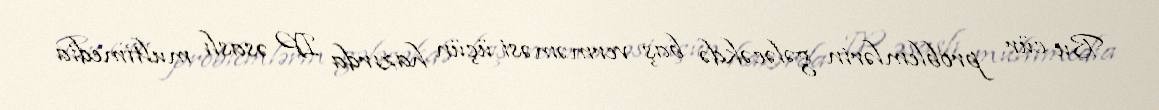
Bu cür problemlərin gələcəkdə baş verməməsi üçün hazırda IP əsaslı multimedia